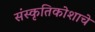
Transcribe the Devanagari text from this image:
संस्कृतिकोशाचे